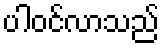
ပါဝင်လာသည်